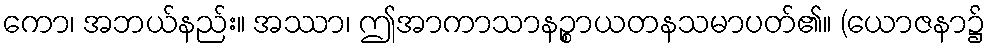
ကော၊ အဘယ်နည်း။ အဿာ၊ ဤအာကာသာနဉ္စာယတနသမာပတ်၏။ (ယောဇနာ၌